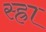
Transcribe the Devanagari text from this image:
स्ह्रा